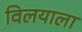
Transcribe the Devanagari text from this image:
विलयाला